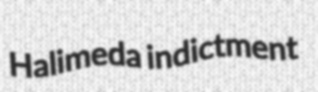
Halimeda indictment